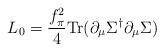
LaTeX: \begin{align*}L_0={f_\pi^2\over 4}{\rm Tr}(\partial_\mu \Sigma^\dagger \partial_\mu \Sigma)\end{align*}